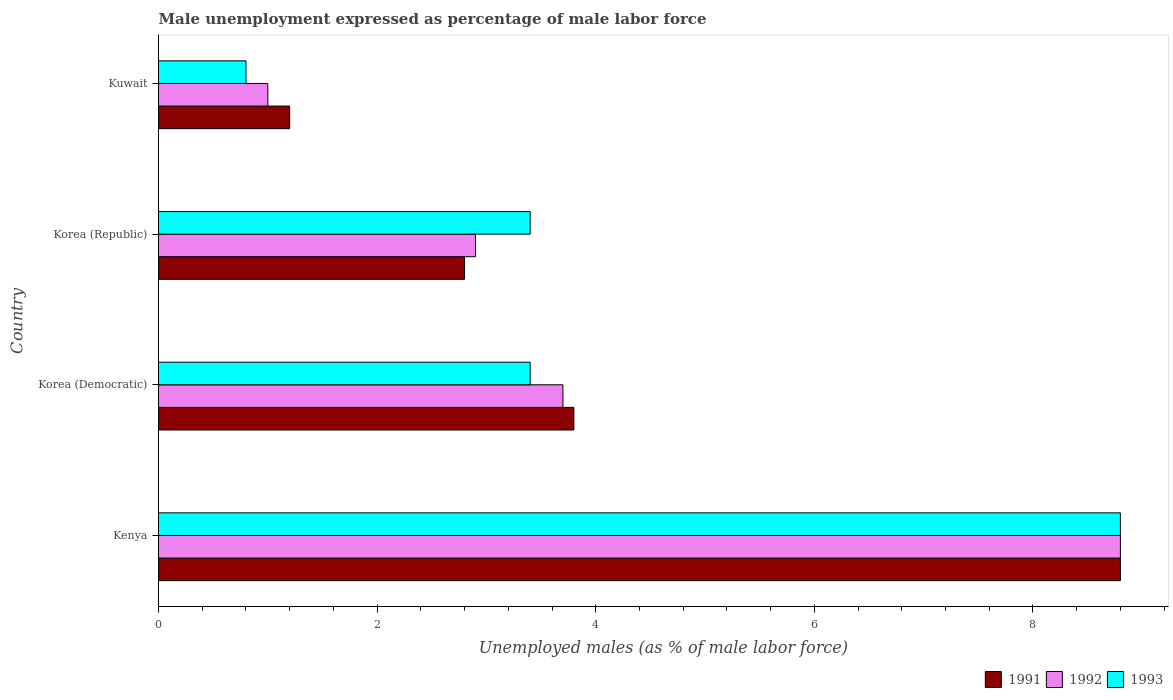
| Country | 1991 | 1992 | 1993 |
 | --- | --- | --- | --- |
 | Kenya | 8.8 | 8.8 | 8.8 |
 | Korea (Democratic) | 3.8 | 3.7 | 3.4 |
 | Korea (Republic) | 2.8 | 2.9 | 3.4 |
 | Kuwait | 1.2 | 1 | 0.8 |